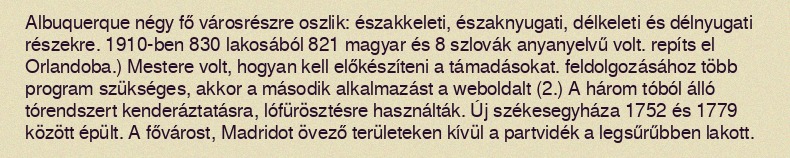
Albuquerque négy fő városrészre oszlik: északkeleti, északnyugati, délkeleti és délnyugati részekre. 1910-ben 830 lakosából 821 magyar és 8 szlovák anyanyelvű volt. repíts el Orlandoba.) Mestere volt, hogyan kell előkészíteni a támadásokat. feldolgozásához több program szükséges, akkor a második alkalmazást a weboldalt (2.) A három tóból álló tórendszert kenderáztatásra, lófürösztésre használták. Új székesegyháza 1752 és 1779 között épült. A fővárost, Madridot övező területeken kívül a partvidék a legsűrűbben lakott.